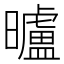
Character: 曥